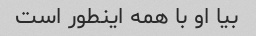
بیا او با همه اینطور است